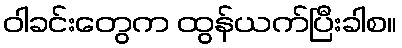
ဝါခင်းတွေက ထွန်ယက်ပြီးခါစ။